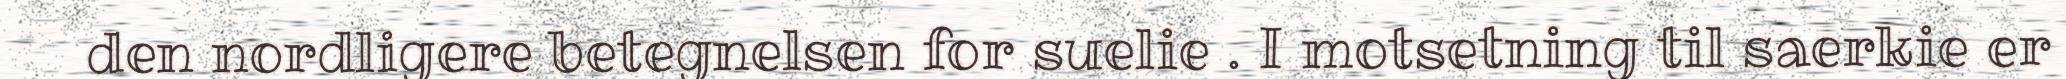
den nordligere betegnelsen for suelie . I motsetning til saerkie er